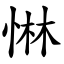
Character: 惏